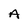
Character: A